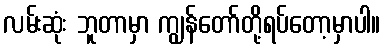
လမ်းဆုံး ဘူတာမှာ ကျွန်တော်တို့ရပ်တော့မှာပါ။